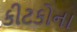
કીટકોના